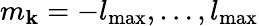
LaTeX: m_{\mathbf{k}}=-l_{\mathrm{{max}}},\ldots,l_{\mathrm{{max}}}